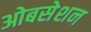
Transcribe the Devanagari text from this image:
ओबसेशन